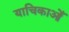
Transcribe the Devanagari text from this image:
याचिकाओँ